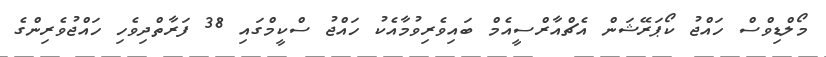
މޯލްޑިވްސް ހައްޖު ކޯޕަރޭޝަން އެޗްއާރްސީއެމް ބައިވެރިވުމާއެކު ހައްޖު ސްކީމްގައި 38 ފަރާތްދިވެހި ހައްޖުވެރިންގެ